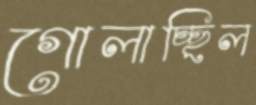
গোলাচ্ছিল